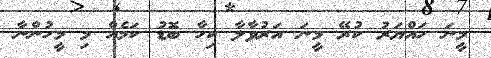
މީނަ ހައްޔަރު ކުރޭ މީނަ އަރުވާލާ ކިހާ ބޮޑު ކަމެއް މި މީހުންނާ